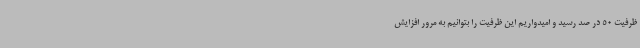
ظرفیت 50 در صد رسید و امیدواریم این ظرفیت را بتوانیم به مرور افزایش